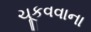
ચૂકવવાના